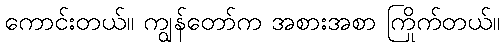
ကောင်းတယ်။ ကျွန်တော်က အစားအစာ ကြိုက်တယ်။